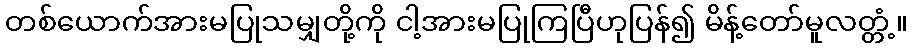
တစ်ယောက်အားမပြုသမျှတို့ကို ငါ့အားမပြုကြပြီဟုပြန်၍ မိန့်တော်မူလတ္တံ့။